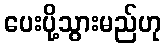
ပေးပို့သွားမည်ဟု